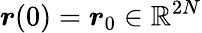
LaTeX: {\boldsymbol{r}}(0)={\boldsymbol{r}}_{0}\in\mathbb{R}^{2N}